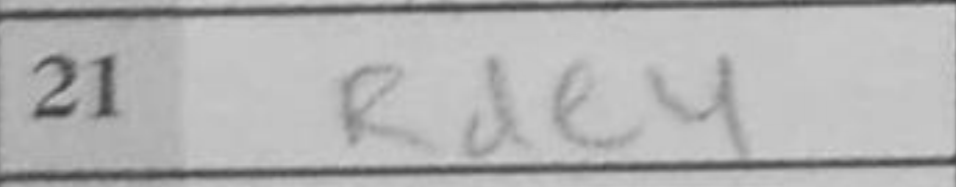
Transcription: Rde4